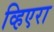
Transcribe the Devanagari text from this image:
व्हिएरा